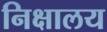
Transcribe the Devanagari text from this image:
निक्षालय